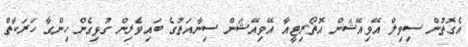
އެގޮތުން ސިވިލް އޭވިއޭޝަން އޮތޯރިޓީއާ އޭވިއޭޝަން ސިނާއަތުގެ ބައިވެރިން ގުޅިގެން ހިންގާ ހަރަކާތް